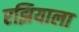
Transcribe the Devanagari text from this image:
रझियाला